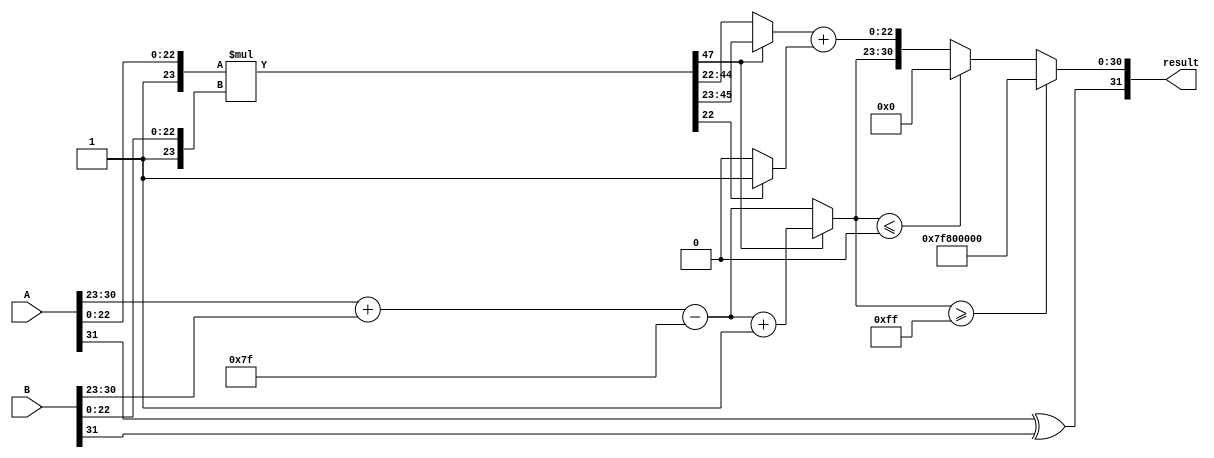
module floating_point_multiplier (
    input [31:0] A, // Input A (32-bit single precision)
    input [31:0] B, // Input B (32-bit single precision)
    output reg [31:0] result // Output result (32-bit single precision)
);

    // Constants
    parameter BIAS = 127;

    // Internal signals
    wire sign_A, sign_B, sign_result;
    wire [7:0] exp_A, exp_B, exp_result;
    wire [23:0] mant_A, mant_B, mant_result;
    wire [47:0] mant_product; // Product of mantissas (24 * 24 = 48 bits)
    wire [24:0] normalized_mant; // Normalized mantissa
    wire [7:0] exp_sum;

    // Extract sign, exponent, and mantissa
    assign sign_A = A[31];
    assign exp_A = A[30:23];
    assign mant_A = {1'b1, A[22:0]}; // Implicit leading 1 for normalized numbers

    assign sign_B = B[31];
    assign exp_B = B[30:23];
    assign mant_B = {1'b1, B[22:0]}; // Implicit leading 1 for normalized numbers

    // Sign calculation
    assign sign_result = sign_A ^ sign_B;

    // Exponent calculation
    assign exp_sum = exp_A + exp_B - BIAS;

    // Mantissa multiplication (using a simple multiplication for demonstration)
    assign mant_product = mant_A * mant_B;

    // Normalization
    always @(*) begin
        if (mant_product[47]) begin
            normalized_mant = mant_product[46:23]; // Shift right if overflow
            exp_result = exp_sum + 1;
        end else begin
            normalized_mant = mant_product[45:22]; // Normalized
            exp_result = exp_sum;
        end
    end

    // Rounding (simple round to nearest)
    wire round_bit = mant_product[22]; // Bit to determine rounding
    wire [23:0] rounded_mant = normalized_mant + (round_bit ? 1 : 0);

    // Final result construction
    always @(*) begin
        if (exp_result >= 255) begin
            // Overflow case (set to infinity)
            result = {sign_result, 8'b11111111, 23'b0};
        end else if (exp_result <= 0) begin
            // Underflow case (set to zero)
            result = {sign_result, 8'b0, 23'b0};
        end else begin
            // Normal case
            result = {sign_result, exp_result, rounded_mant[22:0]};
        end
    end

endmodule